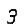
Digit: 3